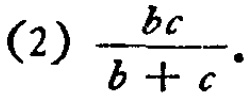
(2) \(\frac{bc}{b + c}\)